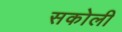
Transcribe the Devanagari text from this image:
सकोली